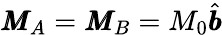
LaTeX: \pmb{M}_{A}=\pmb{M}_{B}=M_{0}\hat{\pmb{b}}